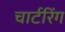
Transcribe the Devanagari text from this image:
चार्टरिंग